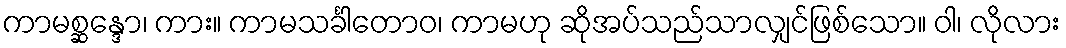
ကာမစ္ဆန္ဒော၊ ကား။ ကာမသင်္ခါတောဝ၊ ကာမဟု ဆိုအပ်သည်သာလျှင်ဖြစ်သော။ ဝါ၊ လိုလား